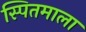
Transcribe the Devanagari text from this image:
स्पितमाला